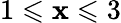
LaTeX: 1\leqslant\mathbf{x}\leqslant3